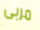
مربى